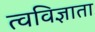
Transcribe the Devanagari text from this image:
त्वविज्ञाता